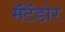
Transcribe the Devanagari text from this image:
मॅटॅडोर